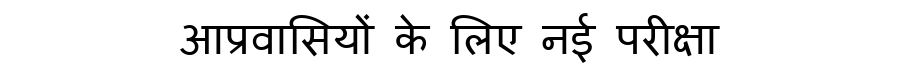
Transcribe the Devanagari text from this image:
आप्रवासियों के लिए नई परीक्षा